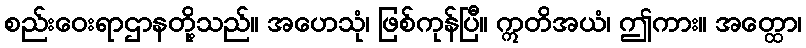
စည်းဝေးရာဌာနတို့သည်။ အဟေသုံ၊ ဖြစ်ကုန်ပြီ။ ဣတိအယံ၊ ဤကား။ အတ္ထော၊